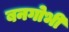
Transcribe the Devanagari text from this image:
बनगोभी